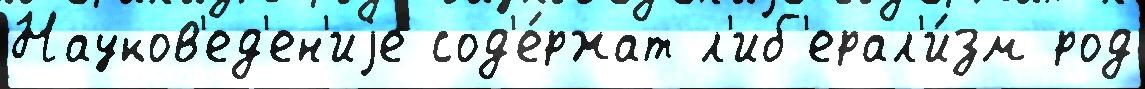
Науков'ед'ен'иjе сод'е́ржат л'иб'ерал'и́зм род